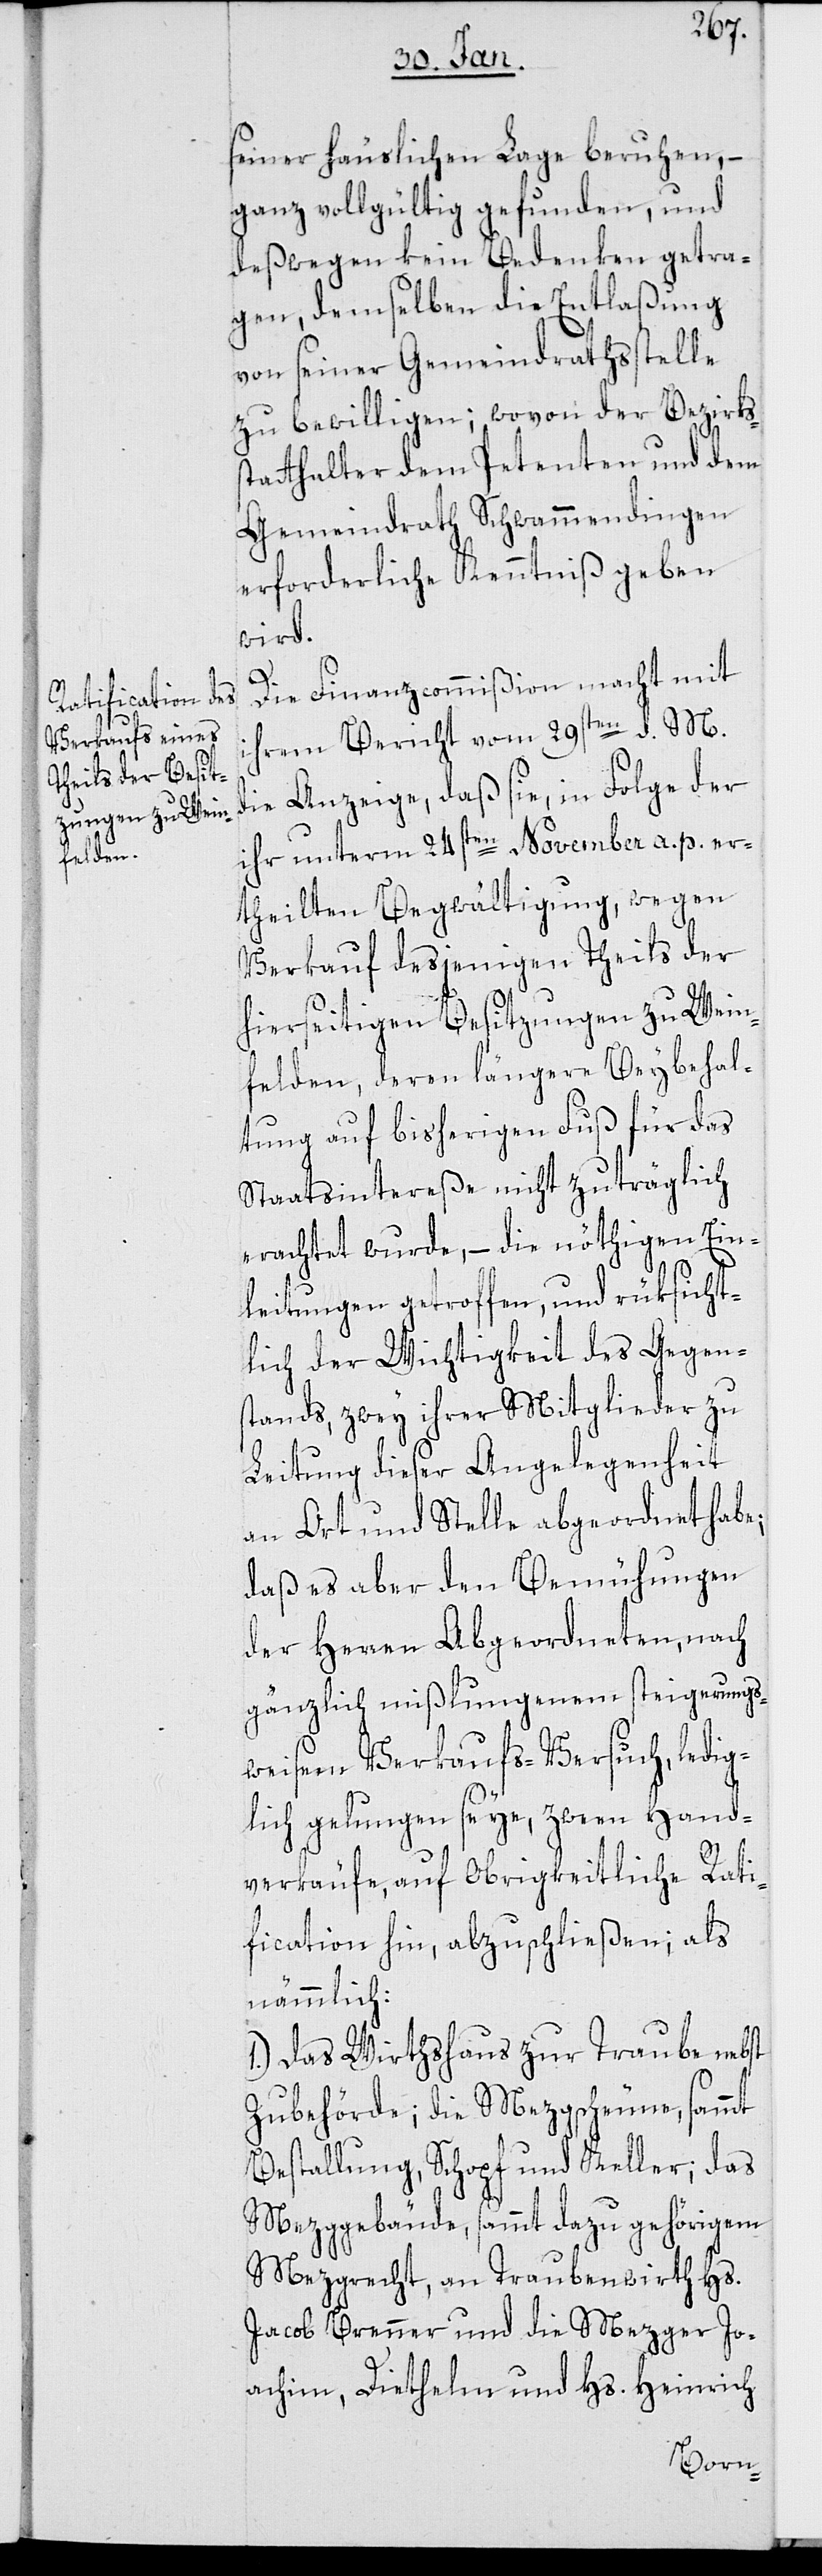
seiner häuslichen Lage beruhen, –
ganz vollgültig gefunden, und
deßwegen kein Bedenken getra¬
gen, demselben die Entlaßung
von seiner Gemeindrathsstelle
zu bewilligen; wovon der Bezirks¬
statthalter dem Petenten und dem
Gemeindrath Schwammendingen
erforderliche Kenntniß geben
wird.
Die Finanzcommißion macht mit
ihrem Bericht vom 29sten d. M.
die Anzeige, daß sie, in Folge der
ihr unterm 24sten November a. p. er¬
theilten Begwältigung, wegen
Verkauf desjenigen Theils der
hierseitigen Besitzungen zu Wein¬
felden, deren längere Beybehal¬
tung auf bisherigen Fuß für das
Staatsintereße nicht zuträglich
erachtet wurde, – die nöthigen Ein¬
leitungen getroffen, und rüksicht¬
lich der Wichtigkeit des Gegen¬
stands, zwey ihrer Mitglieder zu
Leitung dieser Angelegenheit
an Ort und Stelle abgeordnet habe;
daß es aber den Bemühungen
der Herren Abgeordneten, nach
gänzlich mißlungenen steigerungs¬
weisem Verkaufs-Versuch, ledig¬
lich gelungen seye, zween Hand¬
verkäufe auf Obrigkeitliche Rati¬
fication hin, abzuschließen; als
nämmlich:
1.) Das Wirthshaus zur Traube nebst
Zubehörde; die Mezgscheune sammt
Bestallung, Schopf und Keller; das
Mezggebäude sammt dazu gehörigem
Mezgrecht; an Traubenwirth Hs.
Jacob Brenner und die Mezger Jo¬
achim, Diethelm und Hs. Heinrich